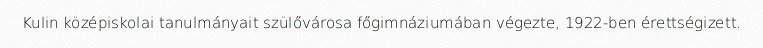
Kulin középiskolai tanulmányait szülővárosa főgimnáziumában végezte, 1922-ben érettségizett.